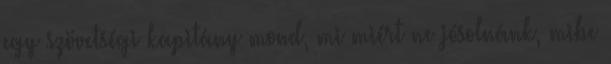
egy szövetségi kapitány mond, mi miért ne jósolnánk, mibe